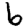
Digit: 6